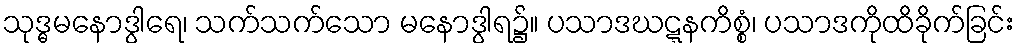
သုဒ္ဓမနောဒွါရေ၊ သက်သက်သော မနောဒွါရ၌။ ပသာဒဃဋ္ဋနကိစ္စံ၊ ပသာဒကိုထိခိုက်ခြင်း